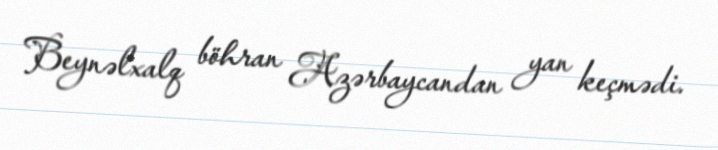
Beynəlxalq böhran Azərbaycandan yan keçmədi.